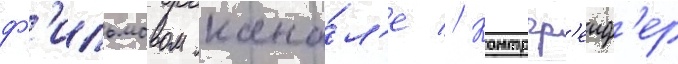
ф'ильмовом кана́л'е // Контргр'еиф'ер